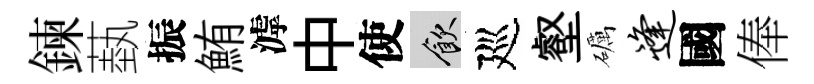
鍊蓺振鮪滹中使飲廵壑礪逢國俸